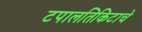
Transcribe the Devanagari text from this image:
टपालतिकिटाचे